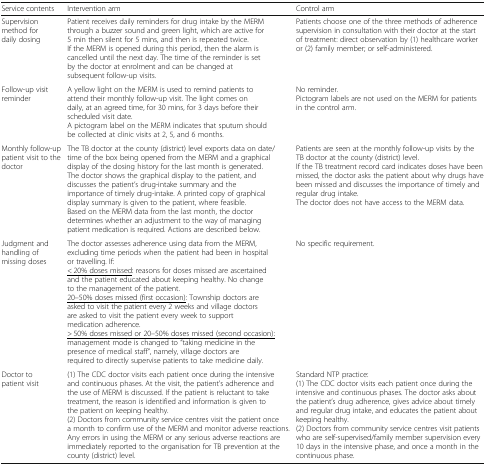
| Service contents | Intervention arm | Control arm |
 | --- | --- | --- |
 | Supervision method for daily dosing | Patient receives daily reminders for drug intake by the MERM through a buzzer sound and green light, which are active for 5 min then silent for 5 mins, and then is repeated twice. If the MERM is opened during this period, then the alarm is cancelled until the next day. The time of the reminder is set by the doctor at enrolment and can be changed at subsequent follow-up visits. | Patients choose one of the three methods of adherence supervision in consultation with their doctor at the start of treatment: direct observation by (1) healthcare worker or (2) family member; or self-administered. |
 | Follow-up visit reminder | A yellow light on the MERM is used to remind patients to attend their monthly follow-up visit. The light comes on daily, at an agreed time, for 30 mins, for 3 days before their scheduled visit date.A pictogram label on the MERM indicates that sputum should be collected at clinic visits at 2, 5, and 6 months. | No reminder.Pictogram labels are not used on the MERM for patients in the control arm. |
 | Monthly follow-up patient visit to the doctor | The TB doctor at the county (district) level exports data on date/time of the box being opened from the MERM and a graphical display of the dosing history for the last month is generated.The doctor shows the graphical display to the patient, and discusses the patient’s drug-intake summary and the importance of timely drug-intake. A printed copy of graphical display summary is given to the patient, where feasible.Based on the MERM data from the last month, the doctor determines whether an adjustment to the way of managing patient medication is required. Actions are described below. | Patients are seen at the monthly follow-up visits by the TB doctor at the county (district) level.If the TB treatment record card indicates doses have been missed, the doctor asks the patient about why drugs have been missed and discusses the importance of timely and regular drug intake.The doctor does not have access to the MERM data. |
 | Judgment and handling of missing doses | The doctor assesses adherence using data from the MERM, excluding time periods when the patient had been in hospital or travelling. If:<underline>< 20% doses missed</underline>: reasons for doses missed are ascertained and the patient educated about keeping healthy. No change to the management of the patient.<underline>20–50% doses missed (first occasion)</underline>: Township doctors are asked to visit the patient every 2 weeks and village doctors are asked to visit the patient every week to support medication adherence.<underline>> 50% doses missed or 20–50% doses missed (second occasion):</underline> management mode is changed to “taking medicine in the presence of medical staff”, namely, village doctors are required to directly supervise patients to take medicine daily. | No specific requirement. |
 | Doctor to patient visit | (1) The CDC doctor visits each patient once during the intensive and continuous phases. At the visit, the patient's adherence and the use of MERM is discussed. If the patient is reluctant to take treatment, the reason is identified and information is given to the patient on keeping healthy.(2) Doctors from community service centres visit the patient once a month to confirm use of the MERM and monitor adverse reactions. Any errors in using the MERM or any serious adverse reactions are immediately reported to the organisation for TB prevention at the county (district) level. | Standard NTP practice:(1) The CDC doctor visits each patient once during the intensive and continuous phases. The doctor asks about the patient’s drug adherence, gives advice about timely and regular drug intake, and educates the patient about keeping healthy.(2) Doctors from community service centres visit patients who are self-supervised/family member supervision every 10 days in the intensive phase, and once a month in the continuous phase. |